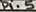
Text: P1.5